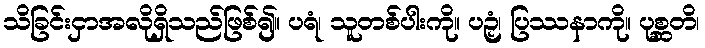
သိခြင်းငှာအလိုရှိသည်ဖြစ်၍။ ပရံ၊ သူတစ်ပါးကို။ ပဉှံ၊ ပြဿနာကို။ ပုစ္ဆတိ၊